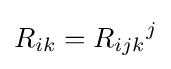
R_{ik}={R_{ijk}}^{j}